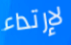
لإرتداء